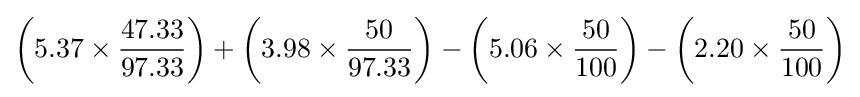
\left(5.37\times {\frac {\mbox{47.33}}{\mbox{97.33}}}\right)+\left(3.98\times {\frac {\mbox{50}}{\mbox{97.33}}}\right)-\left(5.06\times {\frac {\mbox{50}}{\mbox{100}}}\right)-\left(2.20\times {\frac {\mbox{50}}{\mbox{100}}}\right)